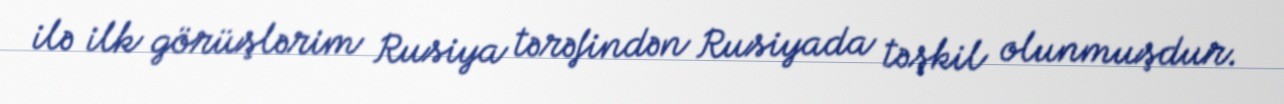
ilə ilk görüşlərim Rusiya tərəfindən Rusiyada təşkil olunmuşdur.